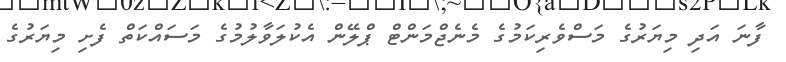
ފާނަ އަދި މިޔަރުގެ މަސްވެރިކަމުގެ މެނެޖްމަންޓް ޕްލޭން އެކުލަވާލުމުގެ މަސައްކަތް ފެށި މިޔަރުގެ